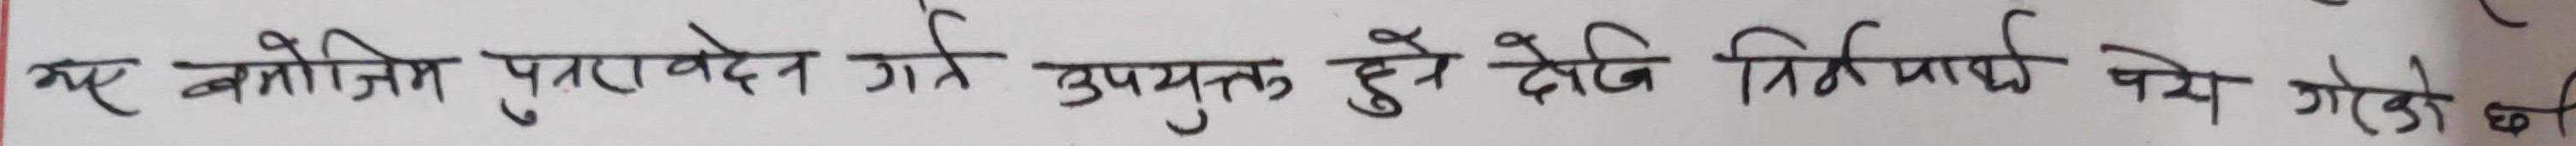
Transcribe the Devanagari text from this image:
गए बमोजिम पुरावेदन गर्न उपयुक्त हुने देखि निर्णय पर्ने गोडो छ